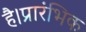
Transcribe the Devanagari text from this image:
है।प्रारंभिक